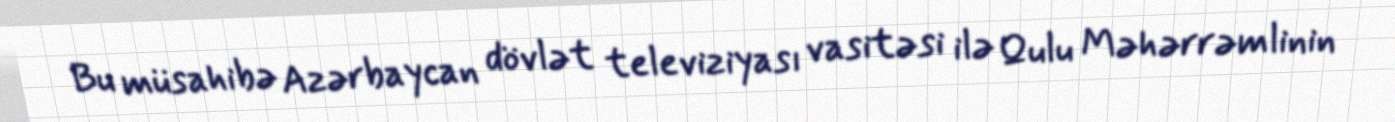
Bu müsahibə Azərbaycan dövlət televiziyası vasitəsi ilə Qulu Məhərrəmlinin